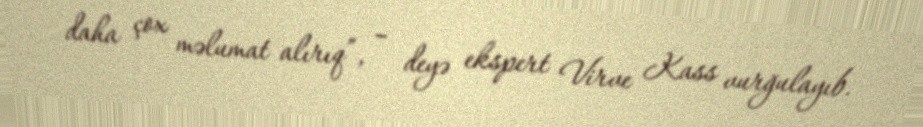
daha çox məlumat alırıq”, – deyə ekspert Virve Kass vurğulayıb.